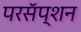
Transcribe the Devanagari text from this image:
परसॅप्शन